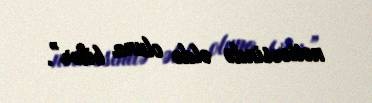
nəticəsində əldə oluna bilər”.